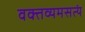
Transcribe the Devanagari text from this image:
वक्तव्यमसत्यं